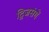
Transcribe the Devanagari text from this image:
द्विजसंगें